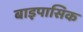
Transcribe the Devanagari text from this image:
बाइपासिक